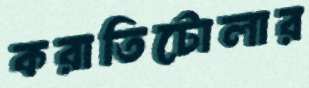
করাতিটোলার